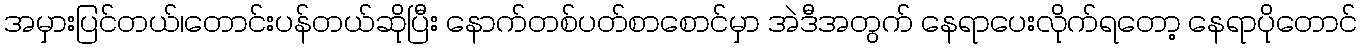
အမှားပြင်တယ်၊တောင်းပန်တယ်ဆိုပြီး နောက်တစ်ပတ်စာစောင်မှာ အဲဒီအတွက် နေရာပေးလိုက်ရတော့ နေရာပိုတောင်